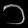
Digit: ၁